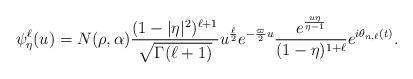
LaTeX: \begin{align*} \psi_\eta^{\ell}(u)=N(\rho,\alpha)\frac{(1-|\eta|^2)^{\ell+1}}{\sqrt{\Gamma(\ell+1)}}u^{\frac{\ell}{2}}e^{-\frac{\varpi}{2}u} \frac{e^{\frac{u\eta}{\eta-1}}}{(1-\eta)^{1+\ell}}e^{i\theta_{n,\ell}(t)}.\end{align*}